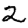
Digit: 2